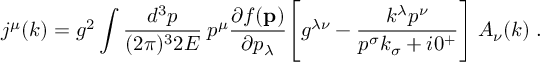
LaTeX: j ^ { \mu } ( k ) = g ^ { 2 } \int { \frac { d ^ { 3 } p } { ( 2 \pi ) ^ { 3 } 2 E } } \: p ^ { \mu } { \frac { \partial f ( { \bf p } ) } { \partial p _ { \lambda } } } \Bigg [ g ^ { \lambda \nu } - { \frac { k ^ { \lambda } p ^ { \nu } } { p ^ { \sigma } k _ { \sigma } + i 0 ^ { + } } } \Bigg ] \; A _ { \nu } ( k ) \; .